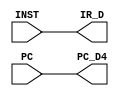
module IF_ID(INST, PC, IR_D, PC_D4);

    input [31:0] INST;
    input [31:0] PC;
    output reg [31:0] IR_D;
    output reg [31:0] PC_D4;

always @(INST or PC) begin
     IR_D <= INST;
     PC_D4 <= PC;
end



endmodule